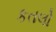
કતલો